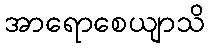
အာရောစေယျာသိ